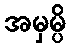
အမှမ္ပိ